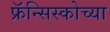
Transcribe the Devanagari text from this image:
फ्रॅन्सिस्कोच्या